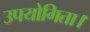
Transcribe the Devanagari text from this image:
उपयोगिता।